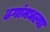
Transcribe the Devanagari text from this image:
ढगांमधल्या